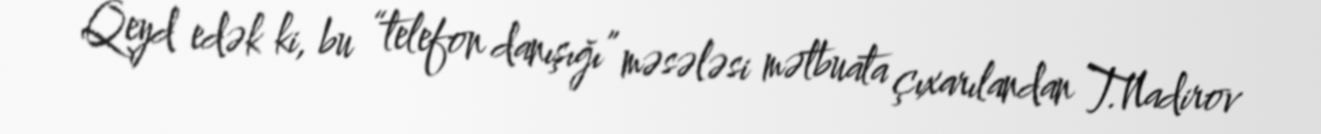
Qeyd edək ki, bu “telefon danışığı” məsələsi mətbuata çıxarılandan T.Nadirov